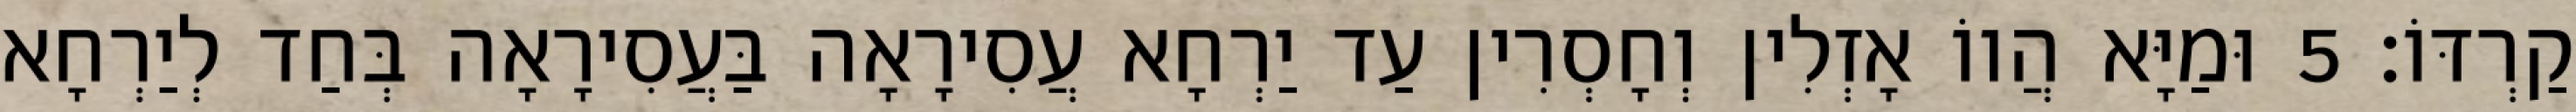
קַרְדּוֹ׃ 5 וּמַיָּא הֲווֹ אָזְלִין וְחָסְרִין עַד יַרְחָא עֲסִירָאָה בַּעֲסִירָאָה בְּחַד לְיַרְחָא